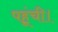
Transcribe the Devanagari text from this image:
पहूंची।